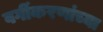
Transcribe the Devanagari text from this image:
वर्गीकरणांच्या